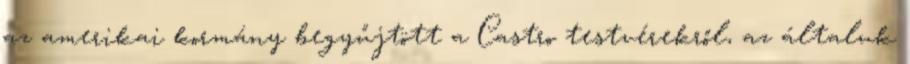
az amerikai kormány begyűjtött a Castro testvérekről, az általuk